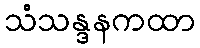
သံသန္ဒနကထာ